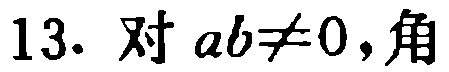
13. 对 \(ab\neq0\)，角